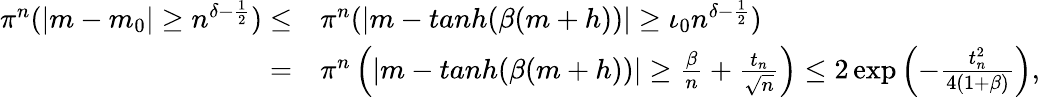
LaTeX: \begin{array}{rl}{\pi^{n}(|m-m_{0}|\ge n^{\delta-\frac 12})\le}&{\pi^{n}(|m-tanh(\beta(m+h))|\ge\iota_{0}n^{\delta-\frac 12})}\\ {=}&{\pi^{n}\left(|m-tanh(\beta(m+h))|\ge\frac{\beta}{n}+\frac{t_{n}}{\sqrt{n}}\right)\le 2\exp\left(-\frac{t_{n}^{2}}{4(1+\beta)}\right),}\end{array}